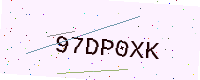
Text: 97DP0XK